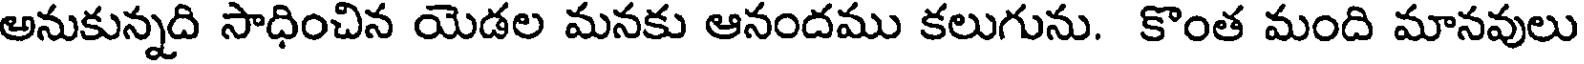
అనుకున్నది సాధించిన యెడల మనకు ఆనందము కలుగును. కొంత మంది మానవులు